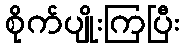
စိုက်ပျိုးကြပြီး